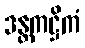
ဒန္တကဋ္ဌိကံ